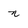
Character: n